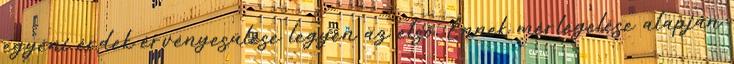
egyéni érdek érvényesülése legyen az első. Ennek mérlegelése alapján